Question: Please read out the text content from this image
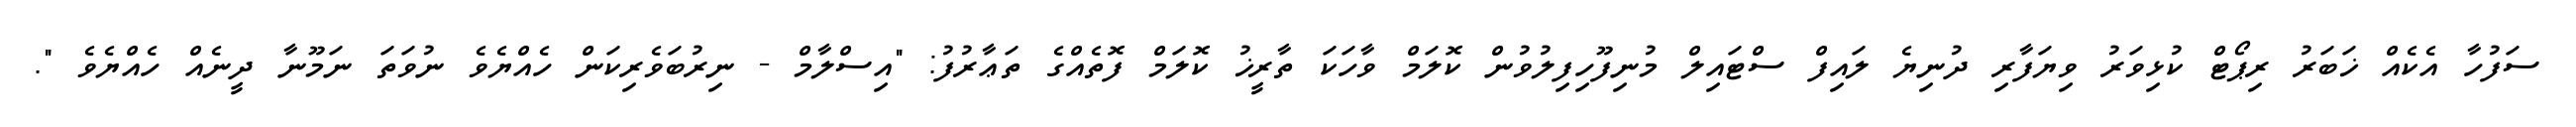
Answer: ސަފުހާ އެކެއް ޚަބަރު ރިޕޯޓް ކުޅިވަރު ވިޔަފާރި ދުނިޔެ ލައިފް ސްޓައިލް މުނިފޫހިފިލުވުން ކޮލަމް ވާހަކަ ތާރީޚު ކޮލަމް ފޮތެއްގެ ތަޢާރުފު: "އިސްލާމް - ނިރުބަވެރިކަން ހެއްޔެވެ ނުވަތަ ނަމޫނާ ދީނެއް ހެއްޔެވެ ".